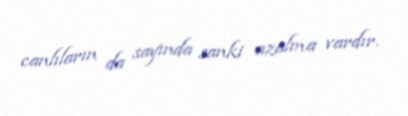
canlıların da sayında sanki azalma vardır.